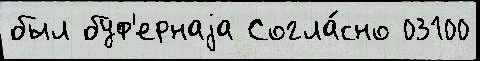
был буф'ернаjа Согла́сно 03100